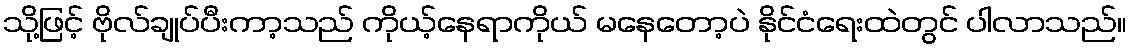
သို့ဖြင့် ဗိုလ်ချုပ်ပီးကာ့သည် ကိုယ့်နေရာကိုယ် မနေတော့ပဲ နိုင်ငံရေးထဲတွင် ပါလာသည်။